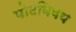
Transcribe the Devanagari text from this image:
पोटविषय